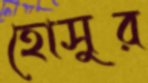
হোসুর